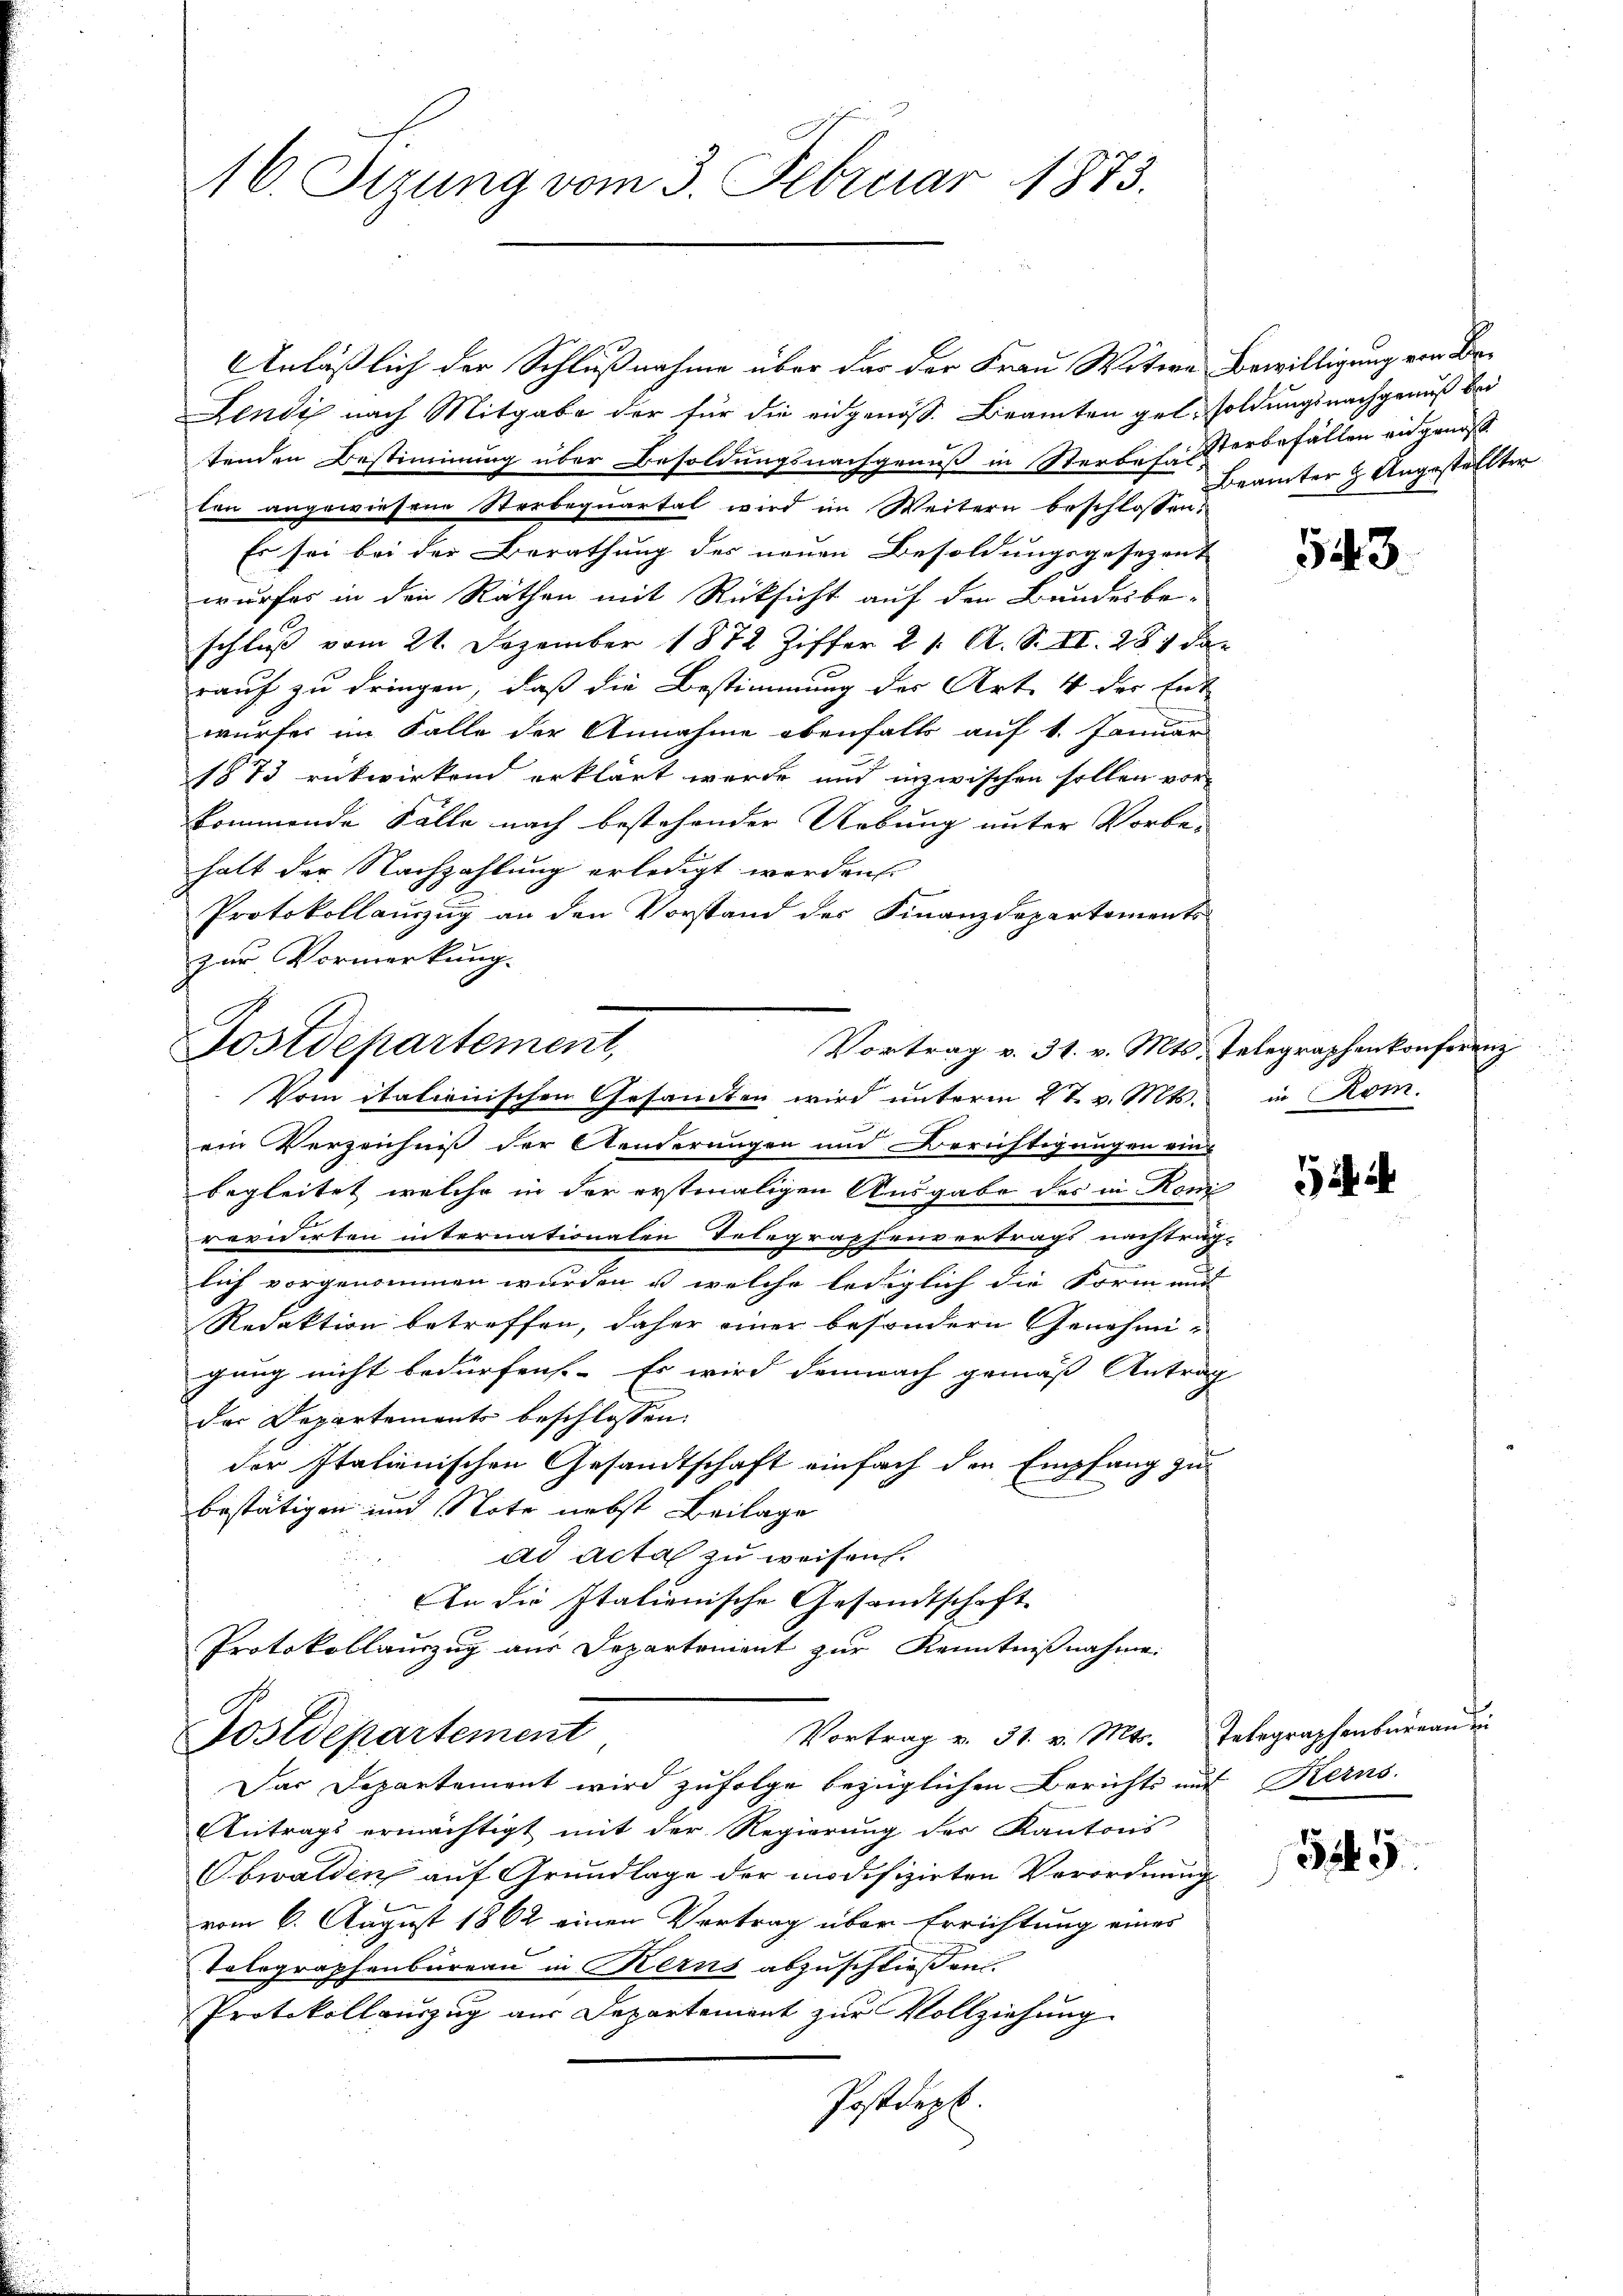
16. Sizung vom 3. Februar 1873.

Anläßlich der Schlußnahme über das der Frau Witwe Bewilligung von Be¬
Lendi nach Mitgabe der für die eidgenöss. Beamten gel, soldungs nachgenuß bei
tenden Bestimmung über Besoldungsnachgenuß in Sterben Verbefällen an genoß
ten angewiesene Sterbequartal wird im Weitern beschlossen:
2
Es sei bei der Berathung des neuen Besoldungsgesezent
wurfes in den Räthen mit Rücksicht auf den Bundesbe-
schluß vom 21. Dezember 1872 Ziffer 21. A. S. II. 281 dar
rauf zu dringen, daß die Bestimmung der Art. 4 der Ent
wurfes im Falle der Annahme ebenfalls auf 1. Januar
1873 rückwirkend erklärt wurde und inzwischen sollen vorkommende Fälle nach bestehender Uebung unter Vorbe- |
hatt der Nachzahlung erledigt worden.
Protokollauszug an den Vorstand der Finanzdepartements
zur Vormerkung.

Postdepartement,
Vortrag v. 31. v. Mts.

Vortrag v. 31. v. Mts. Telegraphenbureau in
Postdepartement

Das Departement wird zufolge bezüglichen Berichts mit Kerns
Antrags ermächtigt mit der Regierung der Kantons
Obwalden auf Grundlage der modifizirten Verordnung
.
vom 6. August 1862 einen Vertrag über Errichtung eines
Telegraphenbureau in Kerns abzuschließen.
Protokollauszug aus Departement zur Vollziehung
Postdept.

Vom italienischen Gesamten wird unterm 27. v. Mts. in Rom.

ein Verzeichniß der Aenderungen und Berichtigungen ein-
begleitet welche in der erstmaligen Ausgabe des in Roni
revidirten internationalen Telegraphenvertrags nachtrag-
2
lich vorgenommen wurden, u. welche lediglich die Form und |
Redaktion betreffen, daher einer besondern Genehmi-
gung nicht bedürfen. Es wird demnach gemäss Antrag
dar Departements beschlossen:
der Italienischen Gesandtschaft einfach den Empfang zu
bestätigen und Note nebst Beilage
ad acta zu weisen.
An die Italienische Gesandtschaft
Protokollauszug aus Departement zur Kenntnißnahme.

Beämter & Angestellter

543.

Telegraphenkonferenz

i i

345.